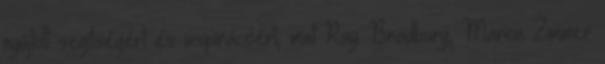
nyújtott segítségért és inspirációért, mint Ray Bradbury, Marion Zimmer